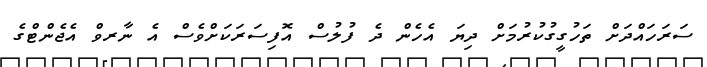
ސަރަހައްދަށް ތަހުގީގުކުރުމަށް ދިޔަ އެހެން ދެ ފުލުސް އޮފިސަރަކަށްވެސް އެ ނާރވް އެޖެންޓްގެ